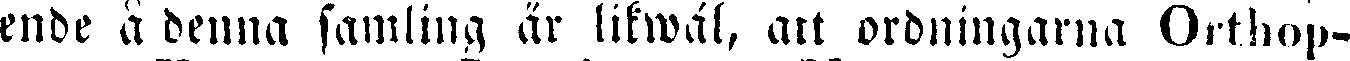
ende å denna samling är likwäl, att ordningarna Orthop-